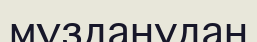
мұзданудан